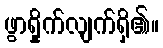
ဖွာရှိုက်လျက်ရှိ၏။